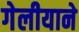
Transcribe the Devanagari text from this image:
गेलीयाने